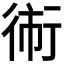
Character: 𱜫